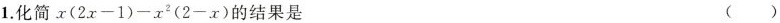
1.化简$$x(2x-1)-x^{2}(2-x)的结果是 （）